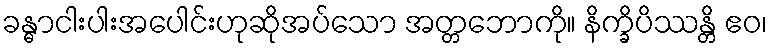
ခန္ဓာငါးပါးအပေါင်းဟုဆိုအပ်သော အတ္တဘောကို။ နိက္ခိပိဿန္တိ ဧဝ၊